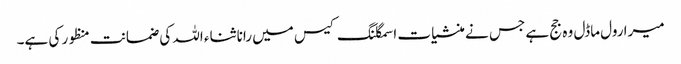
میرا رول ماڈل وہ جج ہے جس نے منشیات اسمگلنگ کیس میں رانا ثناء اللہ کی ضمانت منظور کی ہے۔